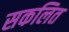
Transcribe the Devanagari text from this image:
सकलित